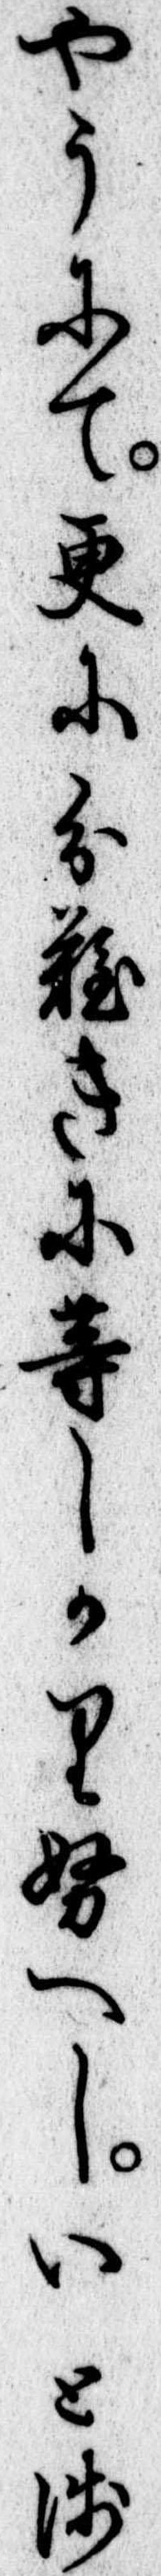
やうにて更に分難きに等しかりぬへしいと浅